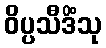
ဝိပ္ပသီဒိံသု